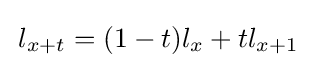
\,l_{x+t}=(1-t)l_{x}+tl_{x+1}